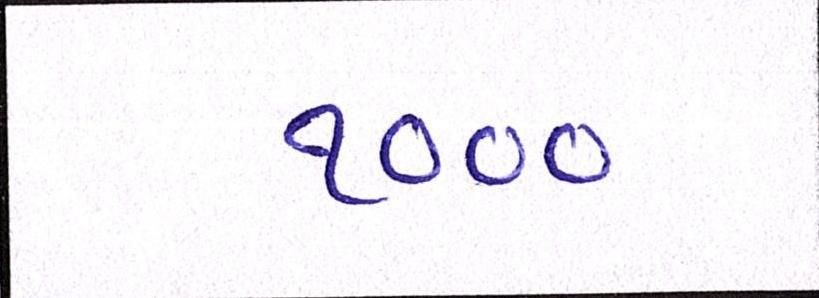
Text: ૧૦૦૦